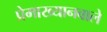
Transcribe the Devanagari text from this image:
प्रेमाख्यानवाले